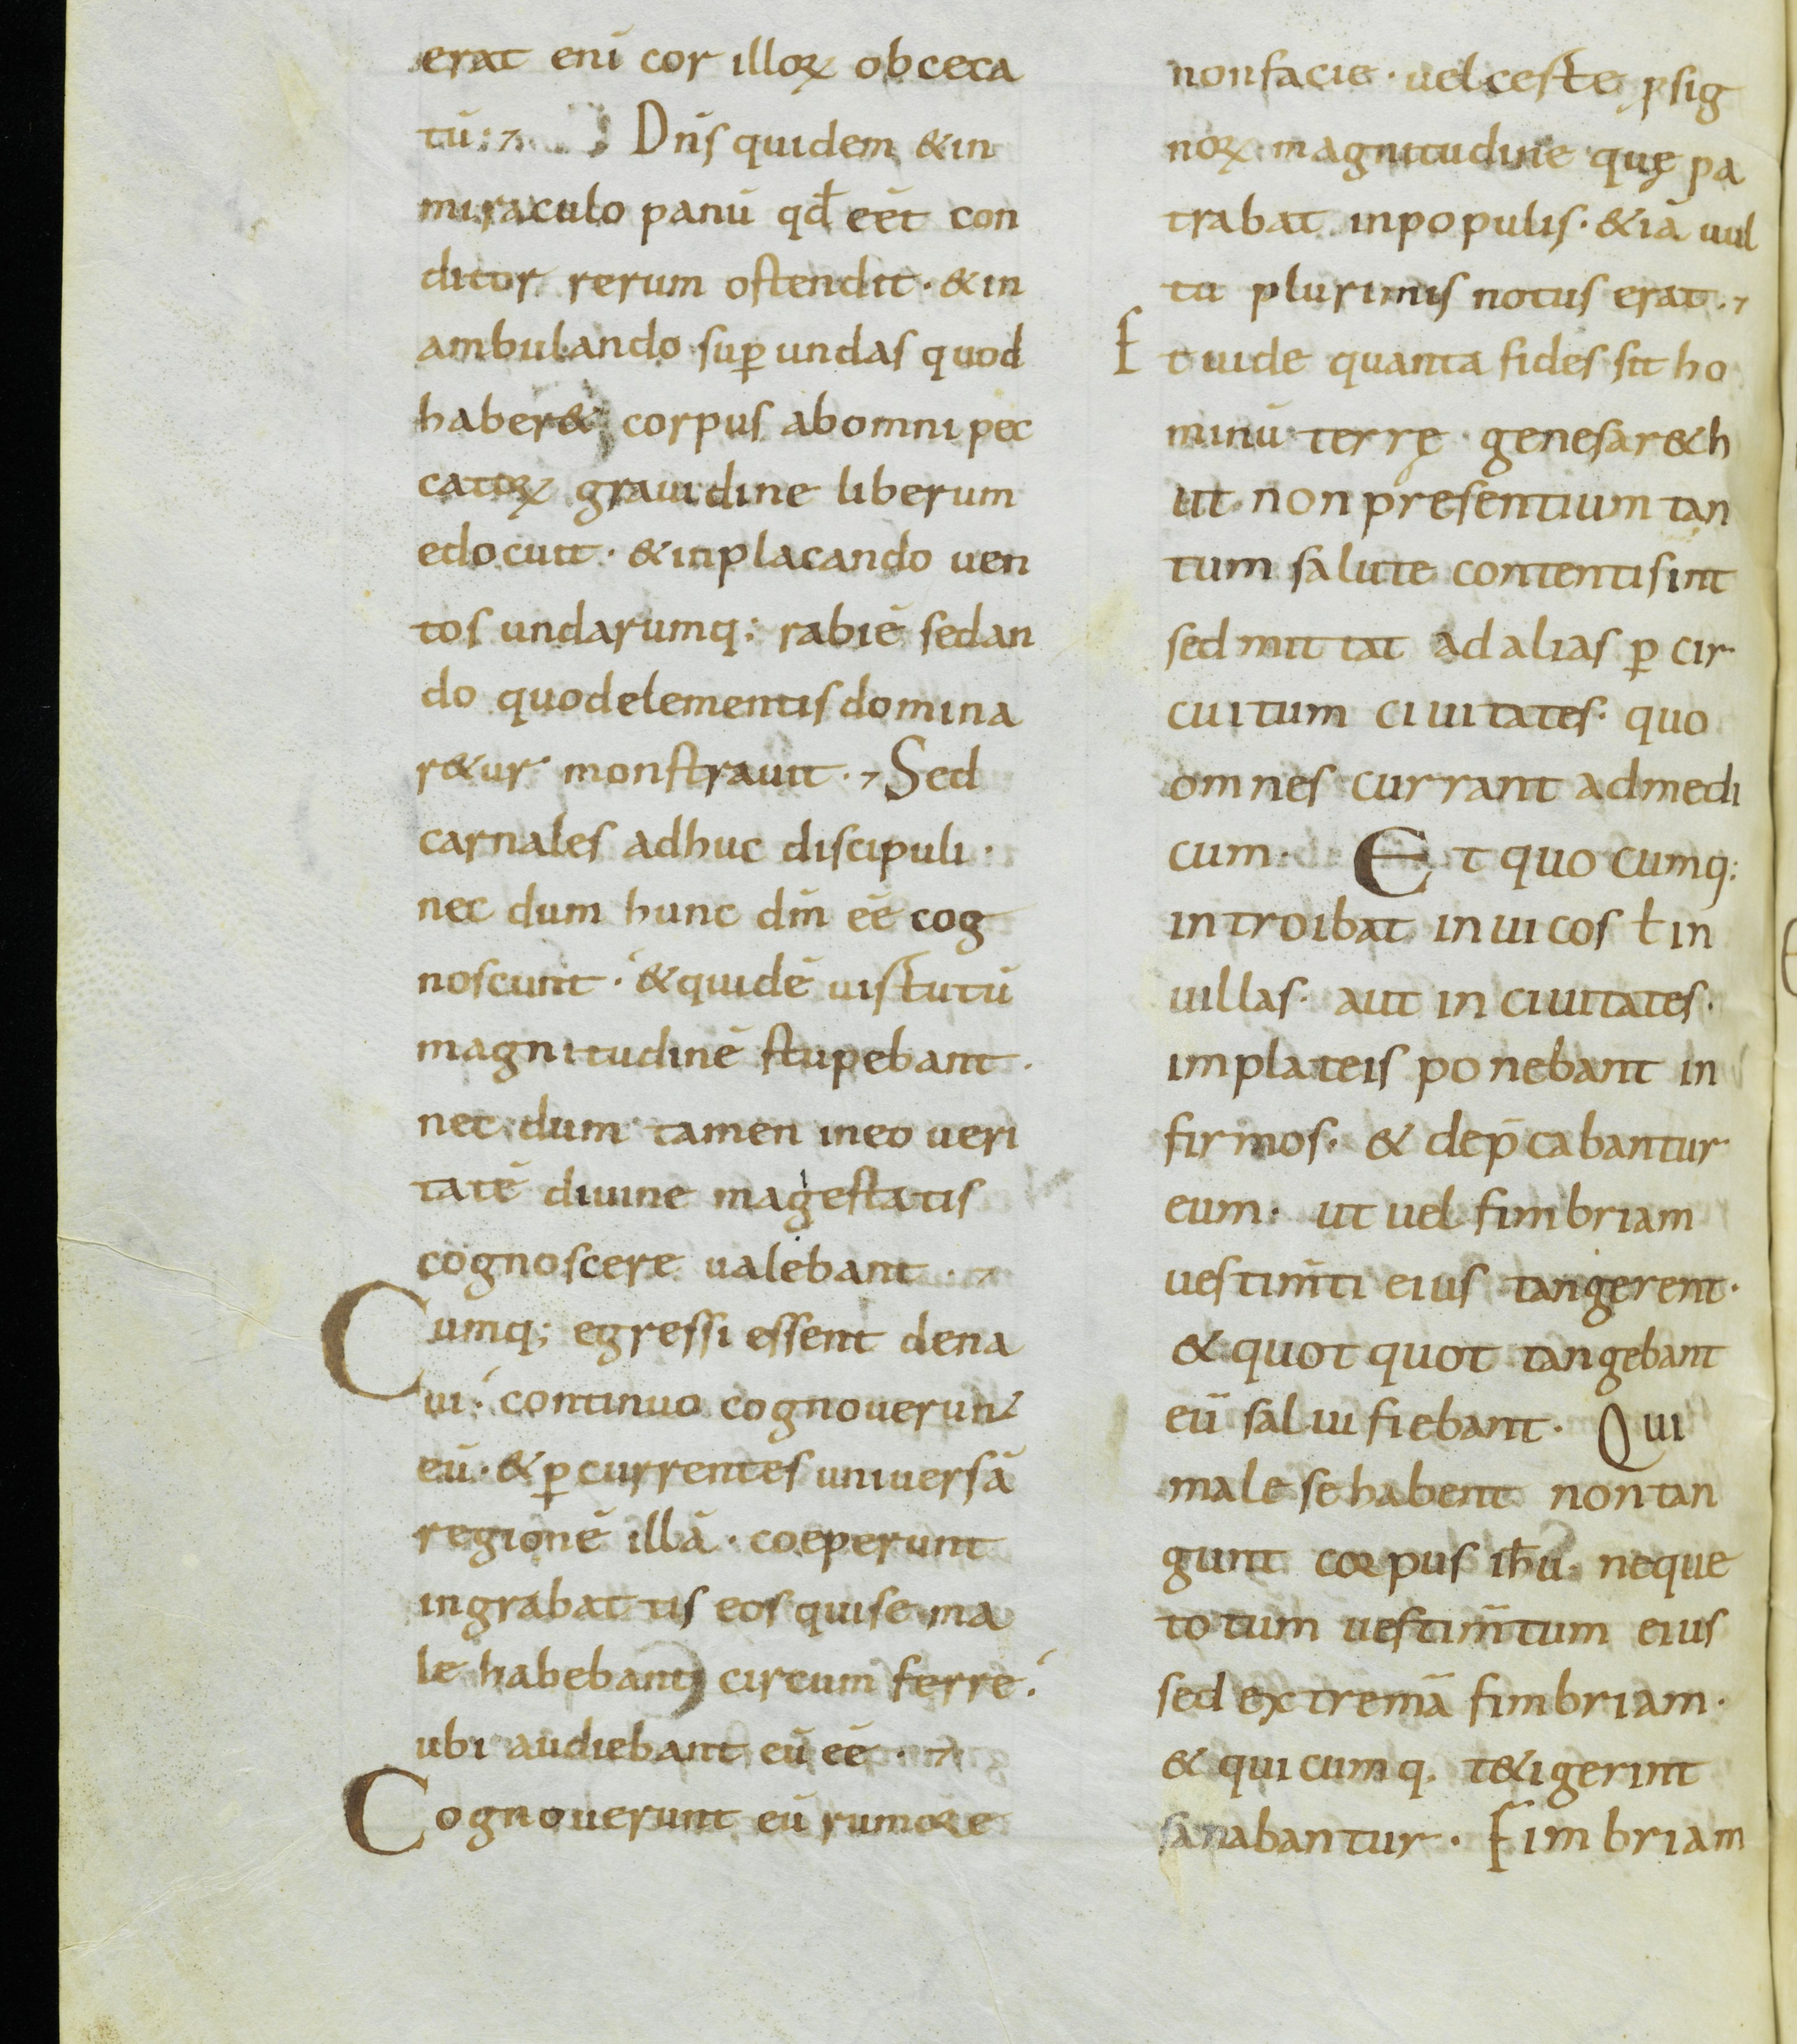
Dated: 800–899